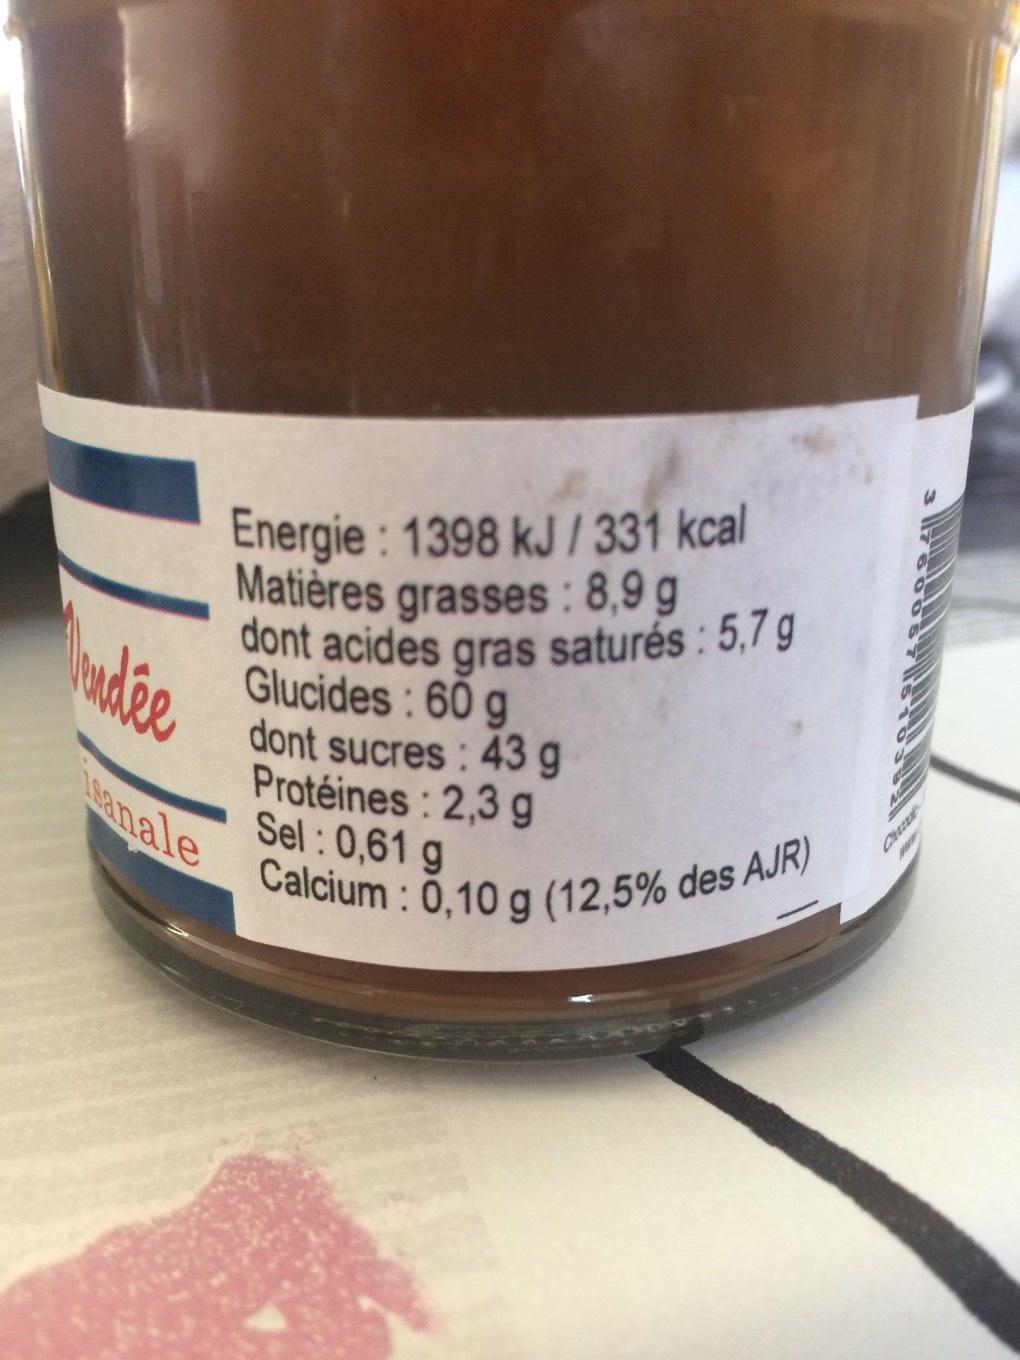
Energie: 1398 kJ/331 kcal Matières grasses: 8,9 g dont acides gras saturés: 5,7 g
isanale
Glucides: 60 g
dont sucres : 43 g Protéines: 2,3 g Sel: 0,61 g
Calcium : 0,10 g (12,5% des AJR)
Cane